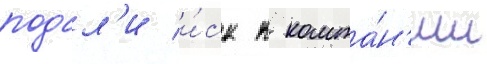
подал'и и́ск к компа́н'ии